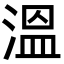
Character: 溫